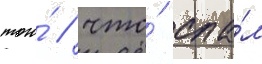
того́ / что́ спа́л